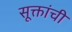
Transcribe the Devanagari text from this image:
सूक्तांची